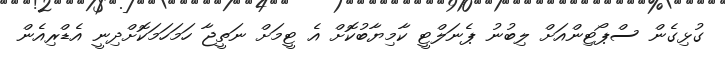
ގުޅިގެން ސްޕޯޓިންއަށް ލިބުނު ޕެނަލްޓީ ކާމިޔާބުކޮށް އެ ޓީމަށް ނަތީޖާ ހަމަހަމަކޮށްދިނީ އެޑްރިއެން